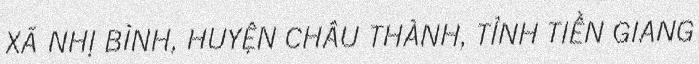
XÃ NHỊ BÌNH, HUYỆN CHÂU THÀNH, TỈNH TIỀN GIANG